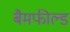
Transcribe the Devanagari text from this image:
बैमफील्ड